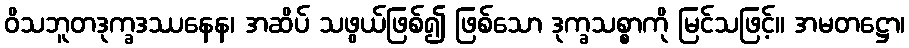
ဝိသဘူတဒုက္ခဒဿနေန၊ အဆိပ် သဖွယ်ဖြစ်၍ ဖြစ်သော ဒုက္ခသစ္စာကို မြင်သဖြင့်။ အမတဋ္ဌော၊